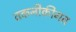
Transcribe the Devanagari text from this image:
तकनीकीगत